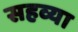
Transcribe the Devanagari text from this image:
सहव्या